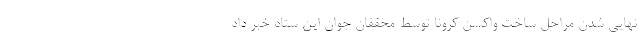
نهایی شدن مراحل ساخت واکسن کرونا توسط محققان جوان این ستاد خبر داد